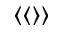
\langle \langle \rangle \rangle